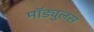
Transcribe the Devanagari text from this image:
मॉड्युलस